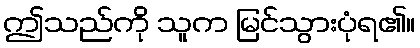
ဤသည်ကို သူက မြင်သွားပုံရ၏။